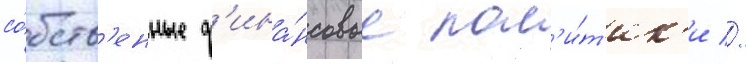
со́бств'енные ф'ина́нсовые пол'и́т'ик'и //